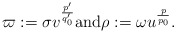
\begin{align*} \varpi := \sigma v^{\frac{p'}{q_0'}} \textrm{and} \rho:=\omega u^{\frac{p}{p_0}}. \end{align*}